Vaccine operations Central Provinces 1886-1899 - 1886-1899
Year: 1886
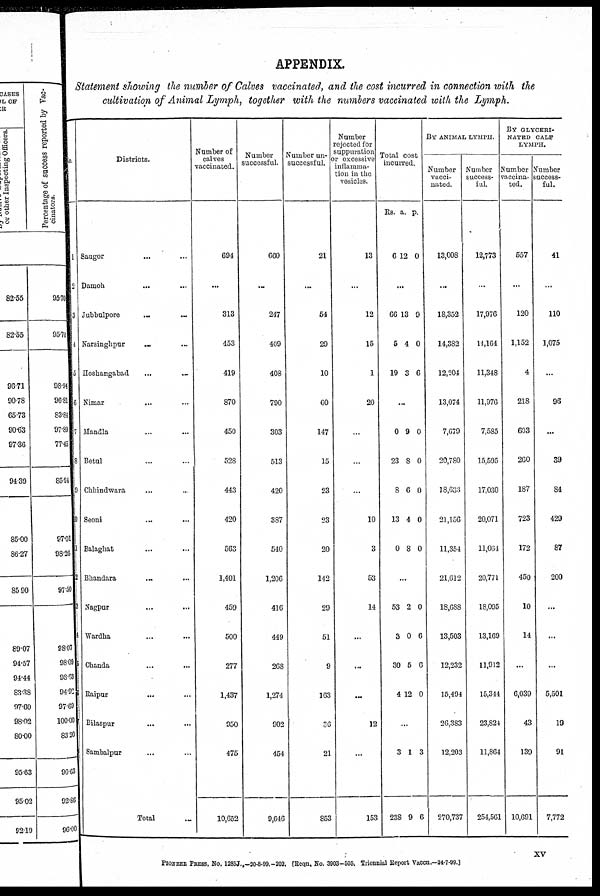
APPENDIX.
Statement showing the number of Calves vaccinated, and the cost incurred in connection with the
cultivation of Animal Lymph, together with the numbers vaccinated with the Lymph.
No.
1
2
3
4
5
6
7
8
9
10
11
12
13
14
1S
16
17
Districts.
Saugor ... ...
Damoh ... ...
Jubbulpore ... ...
Narsinghpur ... ...
Hoshangabad
... ...
Nimar ... ...
Mandla ... ...
Betul ... ...
Chhindwara ... ...
Seoni ...
Balaghat
...
...
Bhandara
...
...
Nagpur
...
...
Wardha ... ...
Chanda ... ...
Raipur ... ...
Bilaspur ... ...
Sambalpur ... ...
Total ...
Number of
calves
vaccinated.
694
...
313
453
419
870
450
528
443
420
563
1,401
459
500
277
1,437
950
475
10,652
Number
successful.
660
...
247
409
408
790
303
513
420
387
540
1,206
416
449
268
1,274
902
454
9,646
Number un-
successful.
21
...
54
29
10
60
147
15
23
23
20
142
29
51
9
163
36
21
853
Number
rejected for
suppuration
or excessive
inflamma-
tion in the
vesicles.
13
...
12
15
1
20
...
...
...
10
3
53
14
...
...
...
12
...
153
Total cost -
incurred.
Rs.
6
a.
12
p.
0
...
66
5
19
13
4
3
9
0
6
...
0
23
8
13
0
9
8
6
4
8
0
0
0
0
0
...
53
3
30
4
2
0
5
12
0
6
6
0
...
3
238
1
9
3
6
BY ANIMAL LYMPH.
Number
vacci-
nated.
13,008
...
18,352
14,382
12,204
13,074
7,679
20,780
18,633
21,156
11,354
21,612
18,688
13,503
12,232
15,494
26,383
12,203
270,737
Number
success-
ful.
12,773
...
17,976
14,164
11,348
11,976
7,585
15,595
17,030
20,071
11,064
20,771
18,095
13,169
11,912
15,344
23,824
11,864
254,561
BY GLYCERI¬
NATBD CALF
LYMPH.
Number
vaccina¬
ted.
557
...
120
1,152
4
218
603
260
187
723
172
450
10
14
...
6,039
43
139
10,691
Number
success-
ful.
41
...
110
1,075
...
96
...
39
84
429
87
200
...
...
...
5,501
19
91
7,772
PIONEER PRESS, No. 1285J.,-20-8-99.-202. [Reqn. No. 3903-505. Triennial Report Vaccn.—24-7-99.]
xv